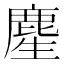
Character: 䴤